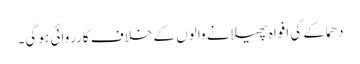
دھماکے کی افواہ پھیلانے والوں کے خلاف کارروائی ہو گی۔